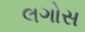
લગોસ